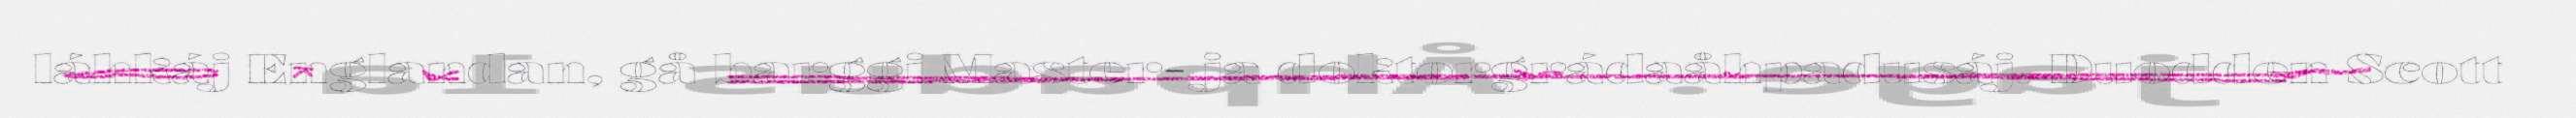
láhkáj Englandan, gå barggi Master- ja doktorgrádaåhpadusáj. Duodden Scott